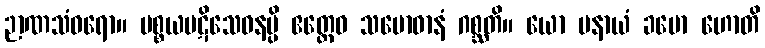
ဉာဏသံဝရော။ ပစ္စယပဋိသေဝနမ္ပိ ဧတ္ထေဝ သမောဓာနံ ဂစ္ဆတိ။ ယော ပနာယံ ခမော ဟောတိ